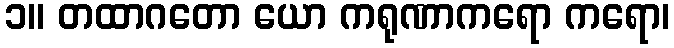
၁။ တထာဂတော ယော ကရုဏာကရော ကရော၊